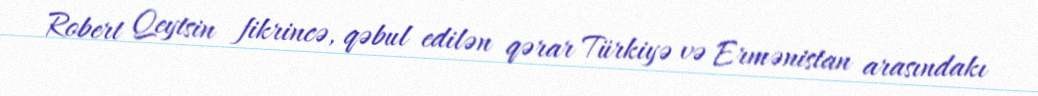
Robert Qeytsin fikrincə, qəbul edilən qərar Türkiyə və Ermənistan arasındakı